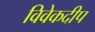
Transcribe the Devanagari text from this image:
विवेकदीप